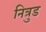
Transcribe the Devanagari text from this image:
नित्रुड